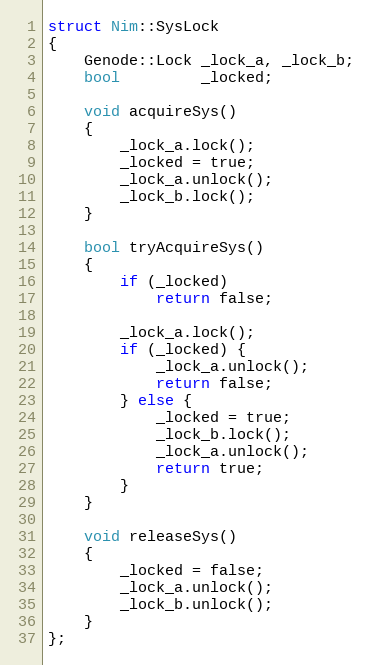
Language: C
struct Nim::SysLock
{
	Genode::Lock _lock_a, _lock_b;
	bool         _locked;

	void acquireSys()
	{
		_lock_a.lock();
		_locked = true;
		_lock_a.unlock();
		_lock_b.lock();
	}

	bool tryAcquireSys()
	{
		if (_locked)
			return false;

		_lock_a.lock();
		if (_locked) {
			_lock_a.unlock();
			return false;
		} else {
			_locked = true;
			_lock_b.lock();
			_lock_a.unlock();
			return true;
		}
	}

	void releaseSys()
	{
		_locked = false;
		_lock_a.unlock();
		_lock_b.unlock();
	}
};